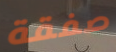
صفقة